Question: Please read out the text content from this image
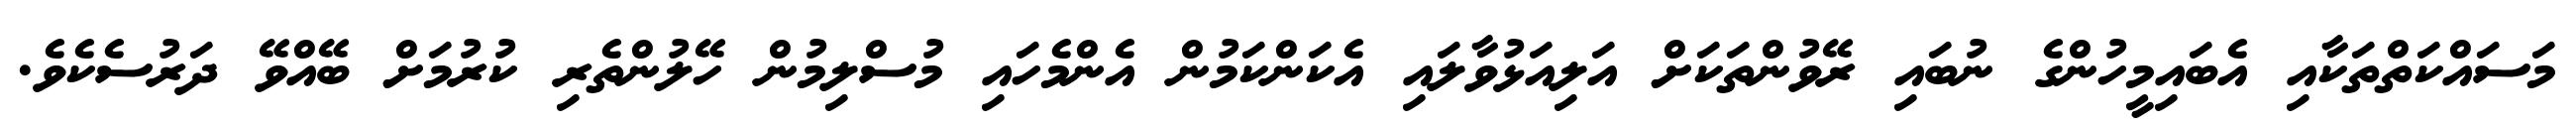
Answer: މަސައްކަތްތަކާއި އެބައިމީހުންގެ ނުބައި ރޭވުންތަކަށް އަލިއަޅުވާލައި އެކަންކަމުން އެންމެހައި މުސްލިމުން ހޭލުންތެރި ކުރުމަށް ބޭއްވޭ ދަރުސެކެވެ.